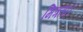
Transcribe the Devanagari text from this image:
मित्रता।